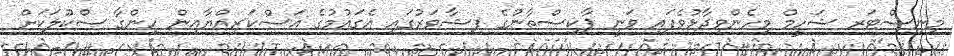
މިނިސްޓަރ ޝަހީމް މިހެންވިދާޅުވެފައި ވަނީ ޕާކިސްތާނުގެ ޕިޝާވަރުގައި އެގައުމުގެ އަސްކަރިއްޔާއިން ހިންގާ ސްކޫލަކަށް